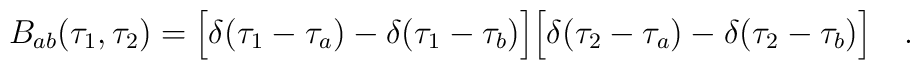
B_{ab}(\tau_1,\tau_2) = \Bigl[\delta(\tau_1 - \tau_a)-\delta(\tau_1-\tau_b)\Bigr]\Bigl[\delta(\tau_2 - \tau_a)-\delta(\tau_2-\tau_b)\Bigr]\quad .